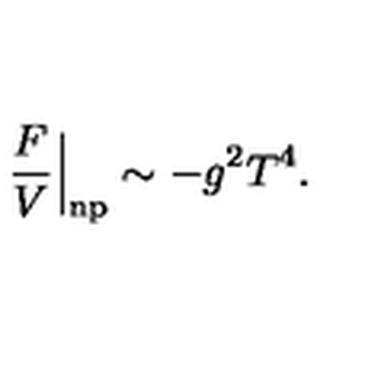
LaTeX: \frac { F } { V } \Big | _ { \mathrm { n p } } \sim - g ^ { 2 } T ^ { 4 } .